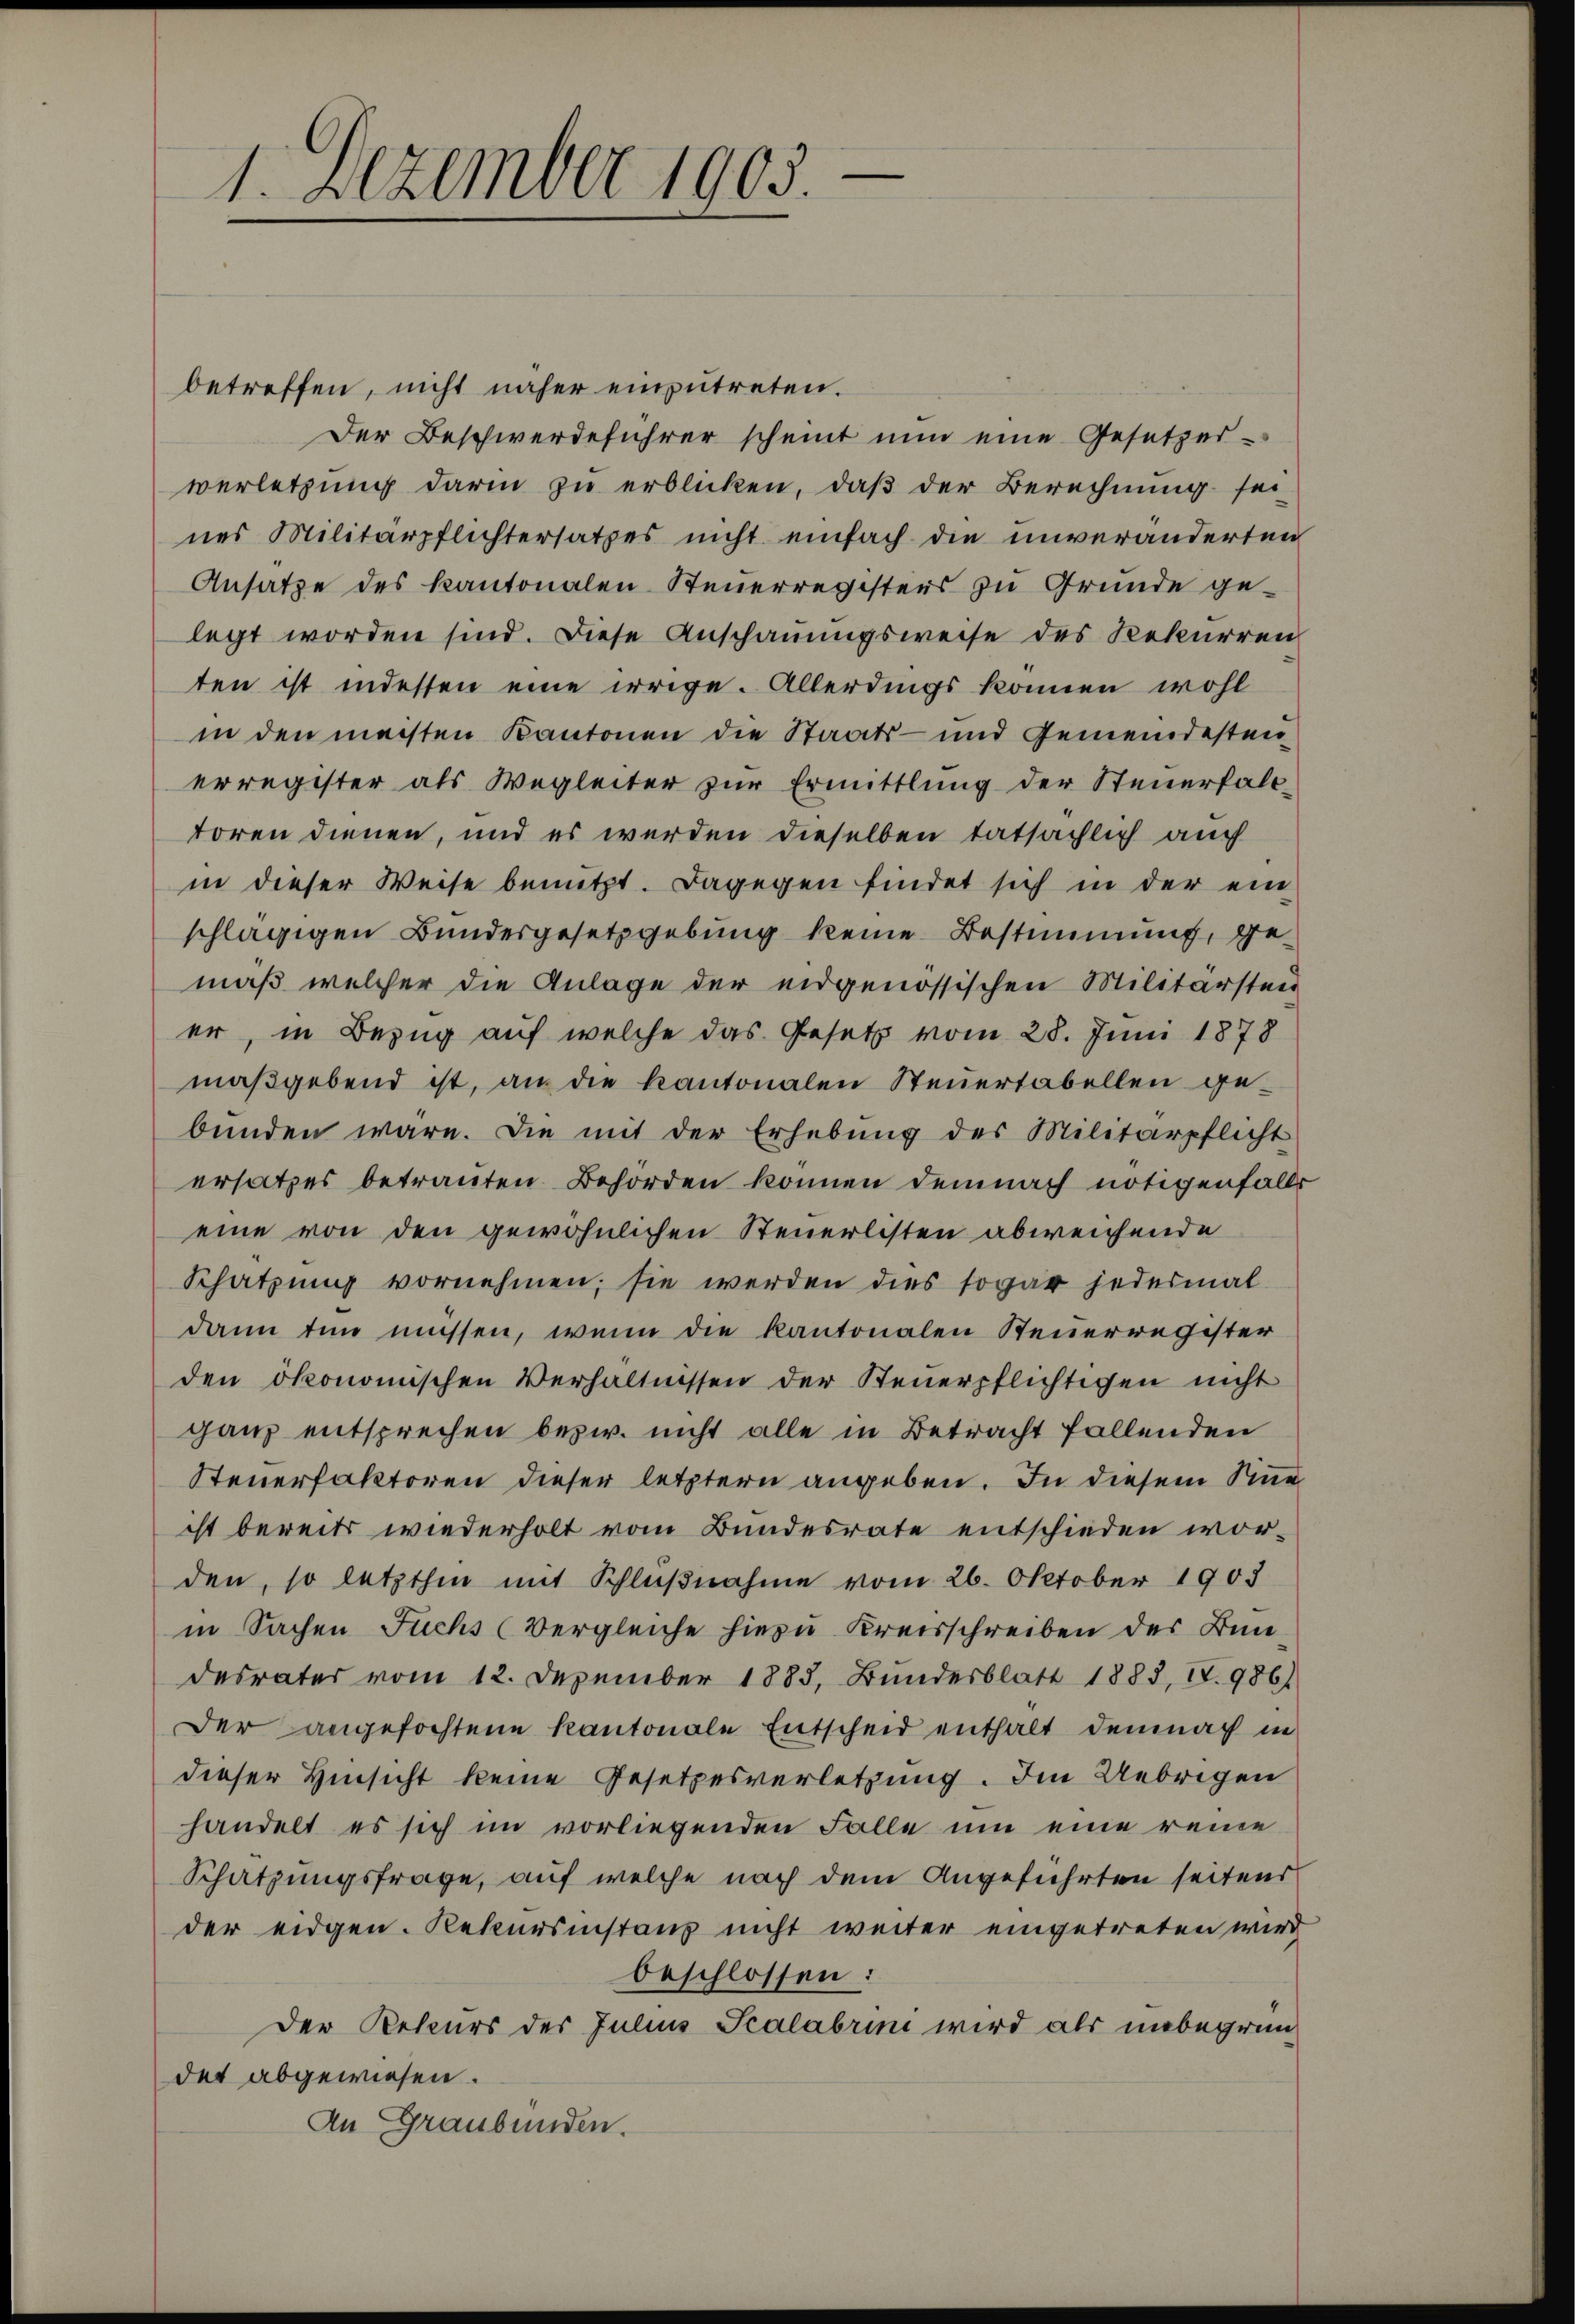
1. Dezember 1903.

betreffen, nicht näher einzutreten.
Der Beschwerdeführer scheint nun eine Gesetzes-
verletzung darin zu erblicken, daß der Berechnung sei
nes Militärpflichtersatzes nicht einfach die unveränderten
Ansatze des Kantonalen Steuerregisters zu Grunde ge-
legt worden sind. Diese Anschauungsweise des Rekurren
ten ist indessen eine irrige. Allerdings können wohl
in den meisten Kantonen die Staats- und Gemeindesten
erregister als Wegleiter zŭr Ermittlung der Steuerfall-
toren dienen, und es werden dieselben tatsächlich auch
in dieser Weise benutzt. Dagegen findet sich in der ein
schlägigen Bundesgesetzgebung keine Bestimmung, gemäß welcher die Anlage der eidgenössischen Militärsten
er, in Bezug auf welche das Gesetz vom 28. Juni 1878
maβgebend ist, an die Kantonalen Steŭertabellen ge-
bünden wäre. Die mit der Erhebŭng des Militärpflicht
ersatzes betrauten Behörden können demnach nötigenfalls
eine von den gewöhnlichen Steuerlisten abweichende
Schatzung vornehmen; sie werden dies sogar jedesmal
dann tun müssen, wenn die Kantonalen Steuerregister
den ökonomischen Verhältnissen der Steŭerpflichtigen nicht
ganz entsprechen bezw. nicht alle in Betracht fallenden
Steuerfaktoren dieser letztern angeben. In diesem Sine
ist bereits wiederholt vom Bundesrate entschieden worden, so letzthin mit Schlŭβnahme vom 26. Oktober 1903
in Sachen Fuchs (Vergleiche hiezu Kreisschreiben der Bun
desrater vom 12. Dezember 1885, Bundesblatt 1883, I. 986/
Der angefochtene Kantonale Entscheid enthalt demnach in
dieser Hinsicht keine Gesetzesverletzung. Im Uebrigen
handelt es sich im vorliegenden Falle um eine reine
Schatzungsfrage, auf welche nach dem Angeführten seitens
der eidgen. Rekursinstanz nicht weiter eingetreten wird,
beschlossen:
Der Rekurs der Julius Scalabrini wird als unbegründet abgewiesen.
An Graubünden.